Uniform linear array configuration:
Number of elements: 8
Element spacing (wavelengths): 1
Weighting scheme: hamming
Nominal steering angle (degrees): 60
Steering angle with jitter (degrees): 60.857
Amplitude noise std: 0.05
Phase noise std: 0.05

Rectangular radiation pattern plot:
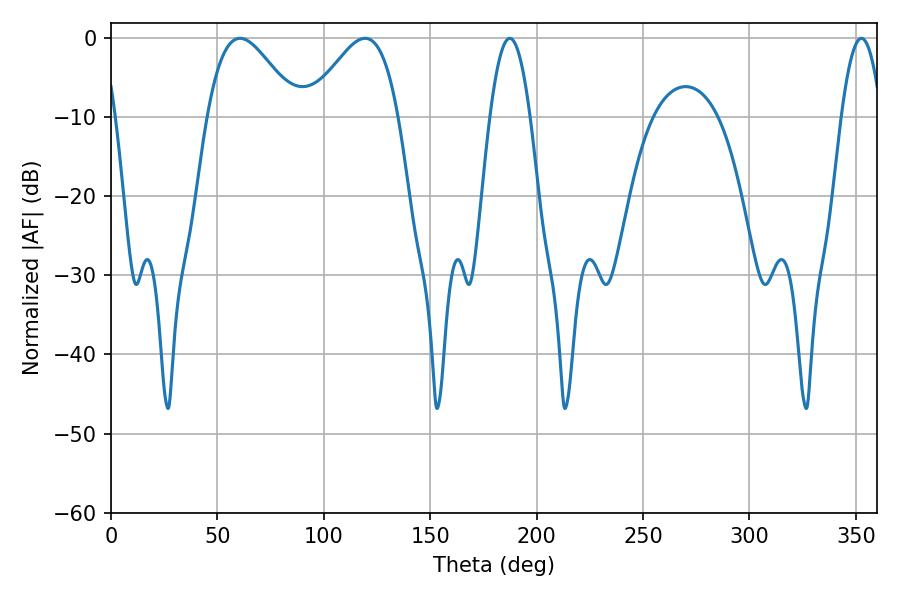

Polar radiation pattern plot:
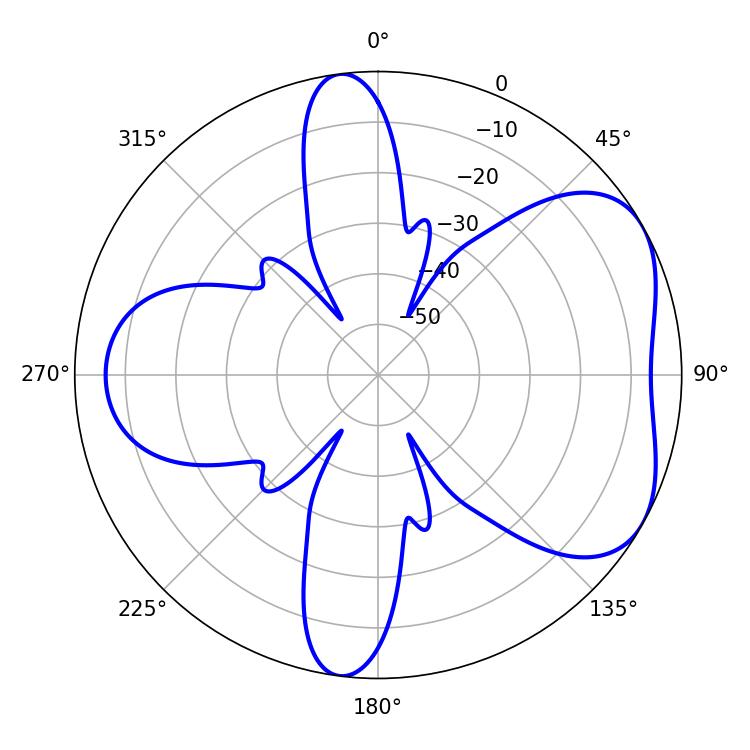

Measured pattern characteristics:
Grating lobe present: TRUE
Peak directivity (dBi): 5.091
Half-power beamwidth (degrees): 10.26
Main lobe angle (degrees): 352.62